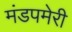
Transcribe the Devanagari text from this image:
मंडपमेरी